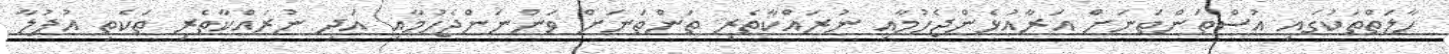
ހާލަތްތަކުގައި އުސްތަންތަނަށް އަރާއުޅެންޖެހުމާއި ނުރައްކާތެރި ތަންތަނަށް ވަންނަންޖެހުމާއި އަދި ނުރައްކާތެރި ތަކެތި އުފުލާ